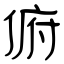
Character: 俯